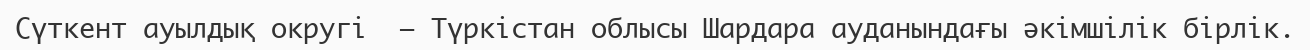
Сүткент ауылдық округі  – Түркістан облысы Шардара ауданындағы әкімшілік бірлік.